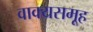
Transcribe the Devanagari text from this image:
वाक्यसमूह